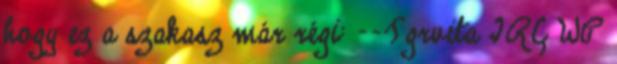
hogy ez a szakasz már régi: --Tgrvita IRC WP